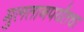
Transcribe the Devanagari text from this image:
मुलतानपर्यंतचा